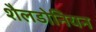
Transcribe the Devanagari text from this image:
शैलडोनियन